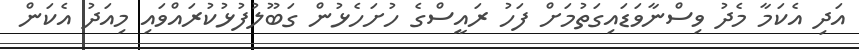
އަދި އެކަމާ މެދު ވިސްނާވަޑައިގަތުމަށް ފަހު ރައީސްގެ ހުށަހެޅުން ގަބޫލުފުޅުކުރައްވައި މިއަދު އެކަން